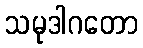
သမုဒါဂတော